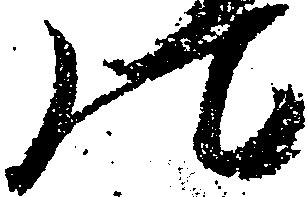
の